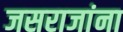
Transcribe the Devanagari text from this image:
जसराजांना